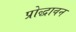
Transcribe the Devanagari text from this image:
प्रोद्धावन